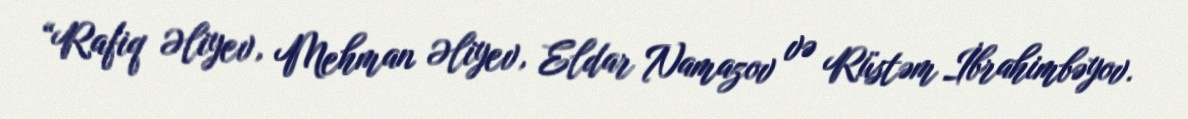
“Rafiq Əliyev, Mehman Əliyev, Eldar Namazov və Rüstəm İbrahimbəyov.